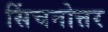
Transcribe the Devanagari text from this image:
सिंचनोत्तर